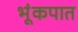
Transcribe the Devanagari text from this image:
भूंकपात